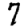
Digit: 7